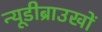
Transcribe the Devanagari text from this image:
न्यूडीब्राउखों